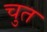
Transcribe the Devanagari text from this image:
चुत